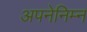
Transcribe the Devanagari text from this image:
अपनेनिम्न